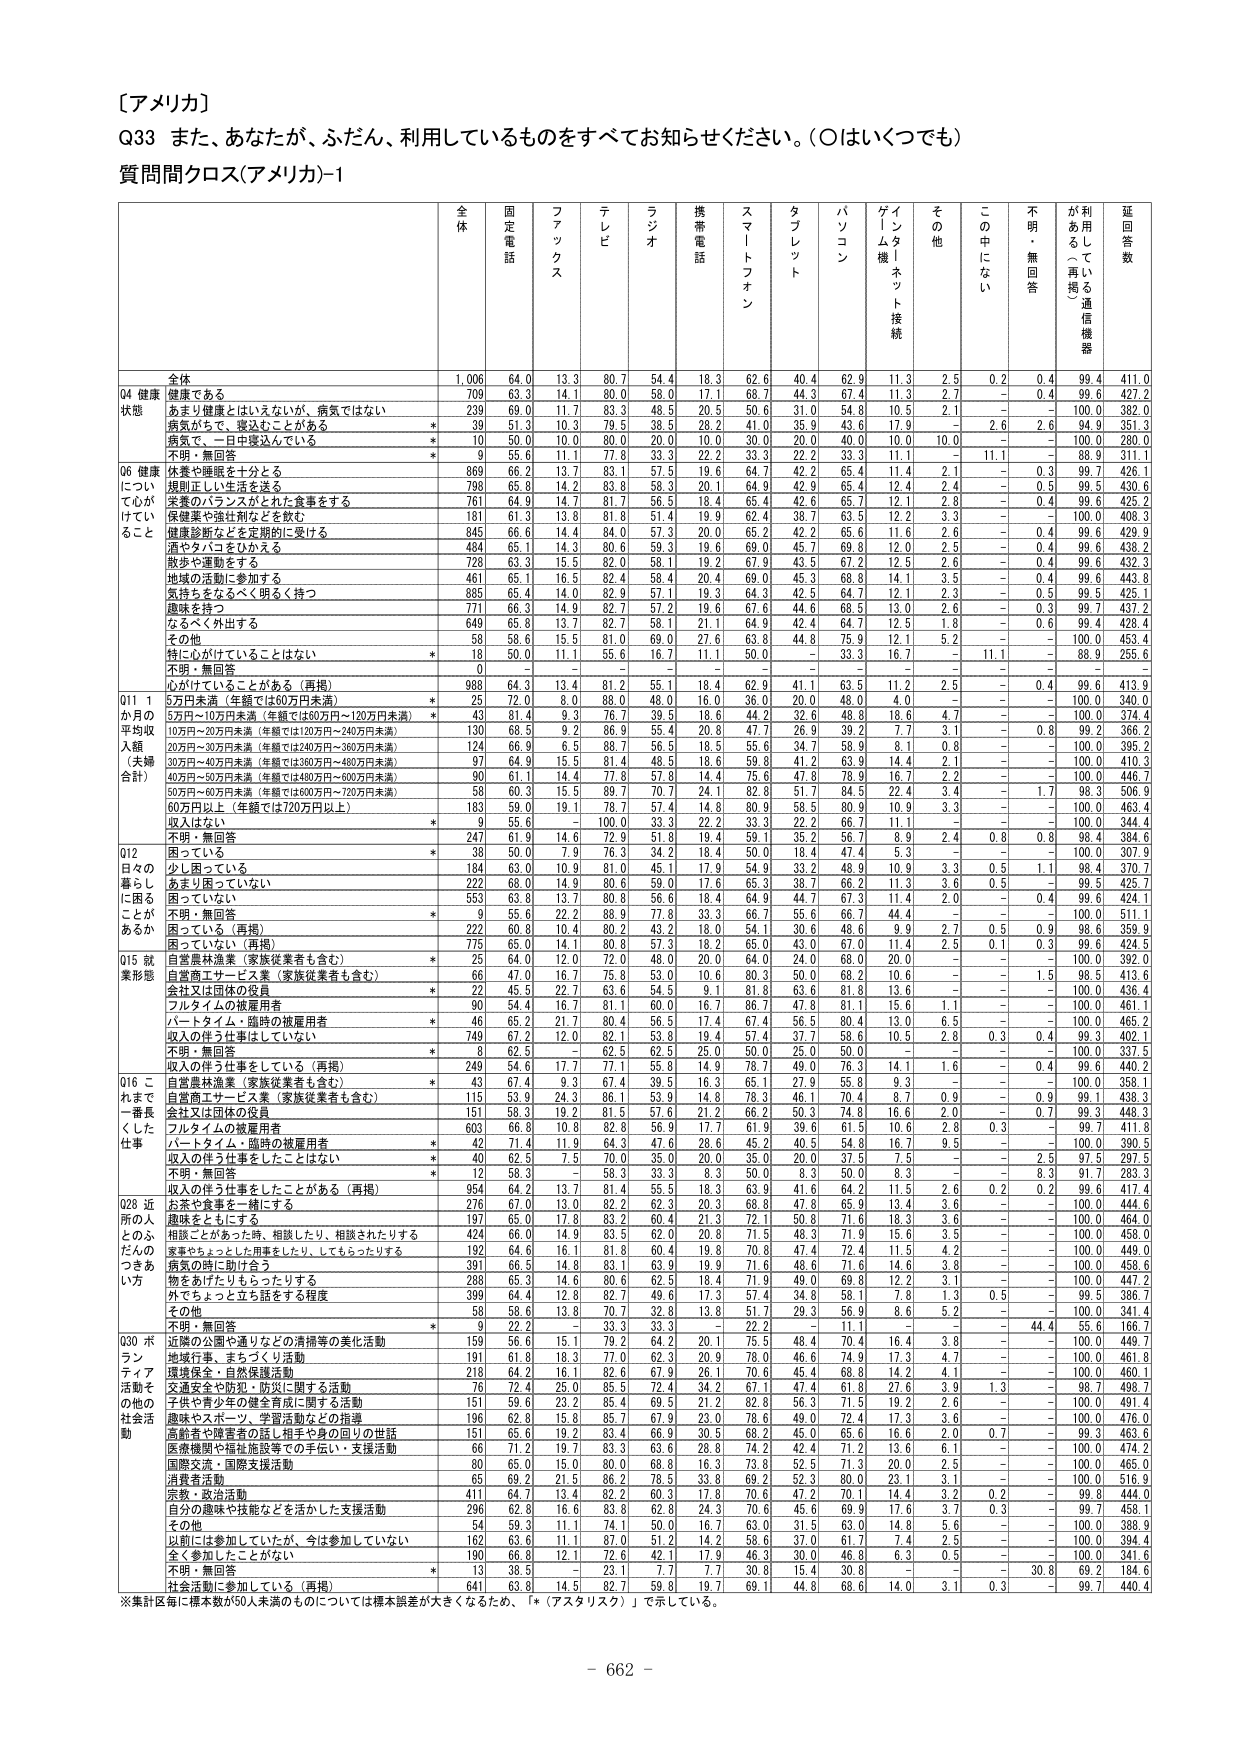
［アメリカ］
Q33 また、あなたが、ふだん、利用しているものをすべてお知らせください。（○はいくつでも）
質問問クロス（アメリカ）-1

全体 固定電話 ファックス テレビ ラジオ 携帯電話 スマートフォン タブレット パソコン ゲーム機 インターネット接続 その他 この中になし 不明・無回答 が利用している通信機器 延回答数

全体 1,006 64.0 13.3 80.7 54.4 18.3 62.6 40.4 62.9 11.3 2.5 0.2 0.4 99.4 411.0
Q4 健康状態 健康である 709 63.3 14.1 80.0 58.0 17.1 68.7 44.3 67.4 11.3 2.7 - 0.4 99.6 427.2
あまり健康とはいえないが、病気ではない 239 69.0 11.7 83.3 48.5 20.5 50.6 31.0 54.8 10.5 2.1 - - 100.0 382.0
病気だそう、寝込むことがある * 39 51.3 10.3 79.5 38.5 28.2 41.0 35.9 43.6 17.9 - 2.6 2.6 94.9 351.3
病気で、一日中寝込んでいいる * 10 50.0 10.0 80.0 20.0 10.0 30.0 20.0 40.0 10.0 10.0 - - 100.0 280.0
不明・無回答 * 9 55.6 11.1 77.8 33.3 22.2 33.3 22.2 33.3 11.1 - 11.1 - 88.9 311.1
Q6 健康について心がけていること 休養や睡眠を十分とる 869 66.2 13.7 83.1 57.5 19.6 64.7 42.2 65.4 11.4 2.1 - 0.3 99.7 426.1
規則正しい生活を送る 798 65.8 14.2 83.8 58.3 20.1 64.9 42.9 65.4 12.4 2.4 - 0.5 99.5 430.6
栄養のバランスがとれた食事をする 761 64.9 14.7 81.7 56.5 18.4 65.4 42.6 65.7 12.1 2.8 - 0.4 99.6 425.2
保健薬や強壮剤などを飲む 181 61.3 13.8 81.8 51.4 19.9 62.4 38.7 63.5 12.2 3.3 - - 100.0 408.3
健康診断などを定期的に受ける 845 66.6 14.4 84.0 57.3 20.0 65.2 42.2 65.6 11.6 2.6 - 0.4 99.6 429.9
酒やタバコをひかえる 484 65.1 14.3 80.6 59.3 19.6 69.0 45.7 69.8 12.0 2.5 - 0.4 99.6 438.2
散歩や運動をする 728 63.3 15.5 82.0 58.1 19.2 67.9 43.5 67.2 12.5 2.6 - 0.4 99.6 432.3
地域の活動に参加する 461 65.1 16.5 82.4 58.4 20.4 69.0 45.3 68.8 14.1 3.5 - 0.4 99.6 443.8
気持ちをなるべく明るく持つ 885 65.4 14.0 82.9 57.1 19.3 64.3 42.5 64.7 12.1 2.3 - 0.5 99.5 425.1
趣味を持つ 771 66.3 14.9 82.7 57.2 19.6 67.6 44.6 68.5 13.0 2.6 - 0.3 99.7 437.2
なるべく外出する 649 65.8 13.7 82.7 58.1 21.1 64.9 42.4 64.7 12.5 1.6 - 0.6 99.4 428.4
その他 58 58.6 15.5 81.0 69.0 27.6 63.8 44.8 75.9 12.1 5.2 - - 100.0 453.4
特に心がけていることはない * 18 50.0 11.1 55.6 16.7 11.1 50.0 - 33.3 16.7 - 11.1 - 88.9 255.6
不明・無回答 0 - - - - - - - - - - - - - -
心がけていることがある（再掲） 988 64.3 13.4 81.2 55.1 18.4 62.9 41.1 63.5 11.2 2.5 - 0.4 99.6 413.9
Q11 1か月の平均収入額（夫婦合計） 5万円未満（年額では60万円未満） * 25 72.0 8.0 88.0 48.0 16.0 36.0 20.0 48.0 4.0 - - - 100.0 340.0
5万円～10万円未満（年額では60万円～120万円未満） * 43 81.4 9.3 76.7 39.5 18.6 44.2 32.6 48.8 18.6 4.7 - - 100.0 374.4
10万円～20万円未満（年額では120万円～240万円未満） 130 68.5 9.2 86.9 55.4 20.8 47.7 26.9 39.2 7.7 3.1 - 0.8 99.2 366.2
20万円～30万円未満（年額では240万円～360万円未満） 124 66.9 6.5 88.7 56.5 18.5 55.6 34.7 58.9 8.1 0.8 - - 100.0 395.2
30万円～40万円未満（年額では360万円～480万円未満） 97 64.9 15.5 81.4 48.5 18.6 59.8 41.2 63.9 14.4 2.1 - - 100.0 410.3
40万円～50万円未満（年額では480万円～600万円未満） 90 61.1 14.4 77.8 57.8 14.4 75.6 47.8 78.9 16.7 2.2 - - 100.0 446.7
50万円～60万円未満（年額では600万円～720万円未満） 58 60.3 15.5 89.7 70.7 24.1 82.8 51.7 84.5 22.4 3.4 - 1.7 98.3 506.9
60万円以上（年額では720万円以上） 183 59.0 19.1 78.7 57.4 14.8 80.9 58.5 80.9 10.9 3.3 - - 100.0 463.4
収入はない * 9 55.6 - 100.0 33.3 22.2 33.3 22.2 66.7 11.1 - - - 100.0 344.4
不明・無回答 247 61.9 14.6 72.9 51.8 19.4 59.1 35.2 56.7 8.9 2.4 0.8 0.8 98.4 384.6
Q12 日々の暮らしに困ることがあるか 困っている * 38 50.0 7.9 76.3 34.2 18.4 50.0 18.4 47.4 5.3 - - - 100.0 307.9
少し困っている 184 63.0 10.9 81.0 45.1 17.9 54.9 33.2 48.9 10.9 3.3 0.5 1.1 98.4 370.7
あまり困っていない 222 68.0 14.9 80.6 59.0 17.6 65.3 38.7 66.2 11.3 3.6 0.5 - 99.5 425.7
困っていない 553 63.8 13.7 80.8 56.6 18.4 64.9 44.7 67.3 11.4 2.0 - 0.4 99.6 424.1
不明・無回答 * 9 55.6 22.2 88.9 77.8 33.3 66.7 55.6 66.7 44.4 - - - 100.0 511.1
困っている（再掲） 222 60.8 10.4 80.2 43.2 18.0 54.1 30.6 48.6 9.9 2.7 0.5 0.9 98.6 359.9
困っていない（再掲） 775 65.0 14.1 80.8 57.3 18.2 65.0 43.0 67.0 11.4 2.5 0.1 0.3 99.6 424.5
Q15 就業形態 自営農林漁業（家族従業者も含む） * 25 64.0 12.0 72.0 48.0 20.0 64.0 24.0 68.0 20.0 - - - 100.0 392.0
自営商工サービス業（家族従業者も含む） 66 47.0 16.7 75.8 53.0 10.6 80.3 50.0 68.2 10.6 - - 1.5 98.5 413.6
会社又は団体の役員 * 22 45.5 22.7 63.6 54.5 9.1 81.8 63.6 81.8 13.6 - - - 100.0 436.4
フルタイムの被雇用者 90 54.4 16.7 81.1 60.0 16.7 86.7 47.8 81.1 15.6 1.1 - - 100.0 461.1
パートタイム・臨時の被雇用者 46 65.2 21.7 80.4 56.5 17.4 67.4 56.5 80.4 13.0 6.5 - - 100.0 465.2
収入の伴う仕事はしていない 749 67.3 12.0 82.1 53.8 19.4 57.4 37.7 58.6 10.5 2.8 0.3 0.4 99.3 402.1
不明・無回答 * 8 62.5 - 62.5 62.5 25.0 50.0 25.0 50.0 - - - - 100.0 337.5
収入の伴う仕事をしている（再掲） 249 54.6 17.7 77.1 55.8 14.9 78.7 49.0 76.3 14.1 1.6 - 0.4 99.6 440.2
Q16 これまで一番長くした仕事 自営農林漁業（家族従業者も含む） * 43 67.4 9.3 67.4 39.5 16.3 65.1 27.9 55.8 9.3 - - - 100.0 358.1
自営商工サービス業（家族従業者も含む） 115 53.9 24.3 86.1 53.9 14.8 78.3 46.1 70.4 8.7 0.9 - 0.9 99.1 438.3
会社又は団体の役員 151 58.3 19.2 81.5 57.6 21.2 66.2 50.3 74.8 16.6 2.0 - 0.7 99.3 448.3
フルタイムの被雇用者 603 66.8 10.8 82.8 56.9 17.7 61.9 39.6 61.5 10.6 2.8 0.3 - 99.7 411.8
パートタイム・臨時の被雇用者 * 42 71.4 11.9 64.3 47.6 28.6 45.2 40.5 54.8 16.7 9.5 - - 100.0 390.5
収入の伴う仕事をしたことはない * 40 62.5 7.5 70.0 35.0 20.0 35.0 20.0 37.5 7.5 - - 2.5 97.5 297.5
不明・無回答 * 12 58.3 - 58.3 33.3 8.3 50.0 8.3 50.0 8.3 - - 8.3 91.7 283.3
収入の伴う仕事をしたことがある（再掲） 954 64.2 13.7 81.4 55.5 18.3 63.9 41.6 64.2 11.5 2.6 0.2 0.2 99.6 417.4
Q28 近所の人とのふだんのつきあい方 お茶や食事を一緒にする 276 67.0 13.0 82.2 62.3 20.3 68.8 47.8 65.9 13.4 3.6 - - 100.0 444.6
趣味をともにする 197 65.0 17.8 83.2 60.4 21.3 72.1 50.8 71.6 18.3 3.6 - - 100.0 464.0
相談ごとがあった時、相談したり、相談されたりする 424 66.0 14.9 83.5 62.0 20.8 71.5 48.3 71.9 15.6 3.5 - - 100.0 458.0
家事やちょっとした用事をしたり、してもらったりする 192 64.6 16.1 81.8 60.4 19.8 70.8 47.4 72.4 11.5 4.2 - - 100.0 449.0
病気の時に助け合う 391 66.5 14.8 83.1 63.9 19.9 71.6 48.6 71.6 14.6 3.8 - - 100.0 458.6
物をあげたりもらったりする 288 65.3 14.6 80.6 62.5 18.4 71.9 49.0 69.8 12.2 3.1 - - 100.0 447.2
外でちょっと立ち話をする程度 399 64.4 12.8 82.7 49.6 17.3 57.4 34.8 58.1 7.8 1.3 0.5 - 99.5 386.7
その他 58 58.6 13.8 70.7 32.8 13.8 51.7 29.3 56.9 8.6 5.2 - - 100.0 341.4
不明・無回答 * 59 22.2 - 33.3 33.3 - 22.2 - 11.1 - - - 44.4 55.6 166.7
Q30 ボランティア活動その他の社会活動 近隣の公園や通りなどの清掃等の美化活動 159 56.6 15.1 79.2 64.2 20.1 75.5 48.4 70.4 16.4 3.8 - - 100.0 449.7
地域行事、まちづくり活動 191 61.8 18.3 77.0 62.3 20.9 78.0 46.6 74.9 17.3 4.7 - - 100.0 461.8
環境保全・自然保護活動 218 64.2 16.1 82.6 67.9 26.1 70.6 45.4 68.8 14.2 4.1 - - 100.0 460.1
交通安全や防犯・防災に関する活動 76 72.4 25.0 85.5 72.4 34.2 67.1 47.4 61.8 27.6 3.9 1.3 - 98.7 498.7
子供や青少年の健全育成に関する活動 151 58.6 23.2 85.4 69.5 21.2 82.8 56.3 71.5 19.2 2.6 - - 100.0 491.4
趣味やスポーツ、学習活動などの指導 196 62.8 15.8 85.7 67.9 23.0 78.6 49.0 72.4 17.3 3.6 - - 100.0 476.0
高齢者や障害者の話し相手や身の回りの世話 151 65.6 19.2 83.4 66.9 30.5 68.2 45.0 65.6 16.6 2.0 0.7 - 99.3 463.6
医療機関や福祉施設等での手伝い・支援活動 66 71.2 19.7 83.3 63.6 28.8 74.2 42.4 71.2 13.6 6.1 - - 100.0 474.2
国際交流・国際支援活動 80 65.0 15.0 80.0 68.8 16.3 73.8 52.5 71.3 20.0 2.5 - - 100.0 465.0
消費者活動 65 69.2 21.5 86.2 78.5 33.8 69.2 52.3 80.0 23.1 3.1 - - 100.0 516.9
宗教・政治活動 411 64.7 13.4 82.2 60.3 17.8 70.6 47.2 70.1 14.4 3.2 0.2 - 99.8 444.0
自分の趣味や技能などを活かした支援活動 296 62.8 16.6 83.8 62.8 24.3 70.6 45.6 69.9 17.6 3.7 0.3 - 99.7 458.1
その他 54 59.3 11.1 74.1 50.0 16.7 63.0 31.5 63.0 14.8 5.6 - - 100.0 388.9
以前には参加していたが、今は参加していない 162 63.6 11.1 87.0 51.2 14.2 58.6 37.0 61.7 7.4 2.5 - - 100.0 394.4
全く参加したことがない 190 66.8 12.1 72.6 42.1 17.9 46.3 30.0 46.8 6.3 0.5 - - 100.0 341.6
不明・無回答 * 13 38.5 - 23.1 7.7 7.7 30.8 15.4 30.8 - - 30.8 69.2 184.6
社会活動に参加している（再掲） 641 63.8 14.5 82.7 59.8 19.7 69.1 44.8 68.6 14.0 3.1 0.3 - 99.7 440.4

※集計区毎に標本数が50人未満のものについては標本誤差が大きくなるため、「*（アスタリスク）」で示している。
- 662 -